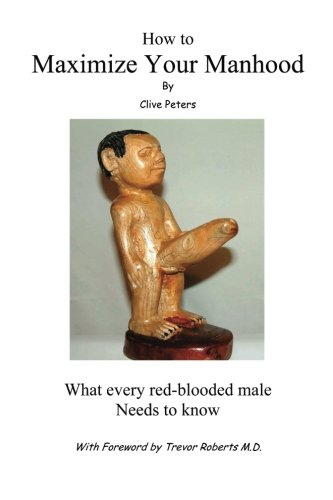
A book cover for How To Maximize Your Manhood: What every red-blooded male needs to know; Clive Peters; Health, Fitness & Dieting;